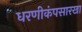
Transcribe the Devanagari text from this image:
धरणीकंपसारखा